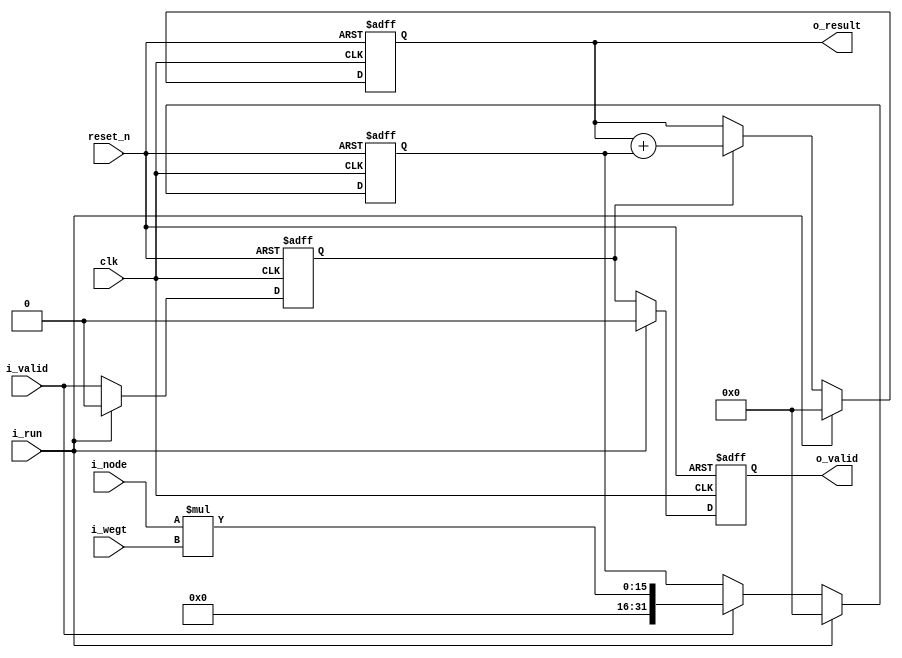
`timescale 1ns / 1ps
module fully_connected_core
#(
	parameter IN_DATA_WITDH = 8
)

(
    input 								clk,
    input 								reset_n,
	input								i_run,
	input 								i_valid,
	input 	[IN_DATA_WITDH-1:0]			i_node,
	input 	[IN_DATA_WITDH-1:0]			i_wegt,
	output  							o_valid,
	output  [(4*IN_DATA_WITDH)-1:0]		o_result
);

reg				                r_valid;
reg                             r_valid_delay;
reg 	[(4*IN_DATA_WITDH)-1:0] r_mult;
wire  	[(2*IN_DATA_WITDH)-1:0] w_mult;
reg 	[(4*IN_DATA_WITDH)-1:0] r_result;

always @(posedge clk or negedge reset_n) begin
    if(!reset_n) begin
        r_valid <= 1'b0;  
    end else if (i_run) begin
        r_valid <= 1'b0;  
    end else begin
		r_valid <= i_valid;
	end
end

always @(posedge clk or negedge reset_n) begin
    if(!reset_n) begin
        r_valid_delay <= 1'b0;  
    end else if (i_run) begin
        r_valid_delay <= 1'b0;  
    end else begin
		r_valid_delay <= r_valid;
	end
end

always @(posedge clk or negedge reset_n) begin
    if(!reset_n) begin
        r_mult <= {(2*IN_DATA_WITDH){1'b0}};  
    end else if (i_run) begin
        r_mult <= {(2*IN_DATA_WITDH){1'b0}};  
    end else if (i_valid) begin
		r_mult <= w_mult;
	end
end

always @(posedge clk or negedge reset_n) begin
    if(!reset_n) begin
        r_result <= {(4*IN_DATA_WITDH){1'b0}};  
    end else if (i_run) begin
        r_result <= {(4*IN_DATA_WITDH){1'b0}};  
    end else if (r_valid) begin
		r_result <= r_result + r_mult;
	end
end

assign o_valid 	= r_valid_delay;
assign w_mult = i_node * i_wegt;
assign o_result = r_result;

endmodule